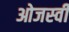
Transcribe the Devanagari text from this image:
ओजस्‍वी